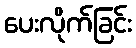
ပေးလိုက်ခြင်း